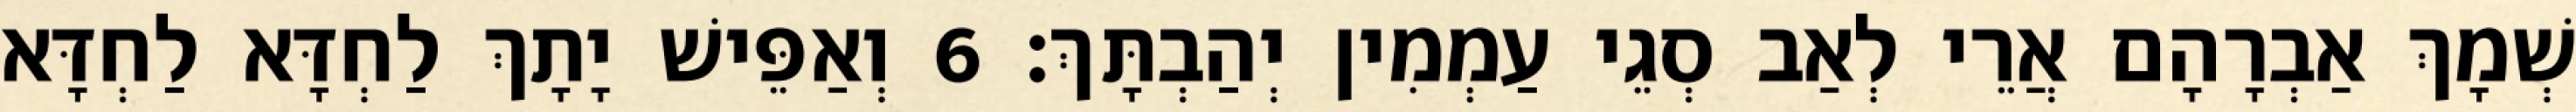
שְׁמָךְ אַבְרָהָם אֲרֵי לְאַב סְגֵי עַמְמִין יְהַבְתָּךְ׃ 6 וְאַפֵּישׁ יָתָךְ לַחְדָּא לַחְדָּא